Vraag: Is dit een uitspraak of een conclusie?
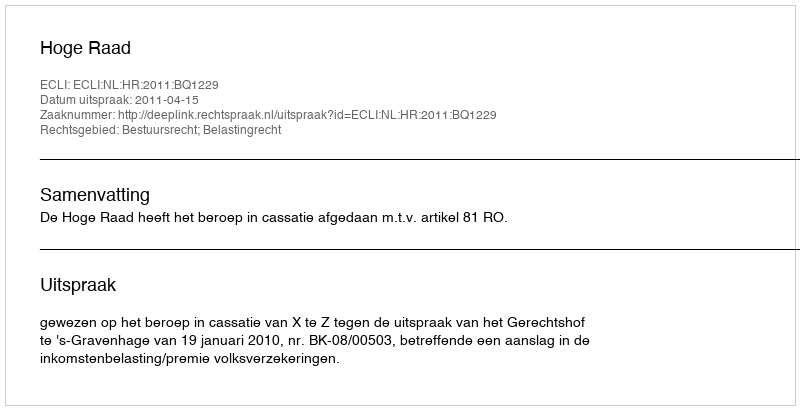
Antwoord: Uitspraak